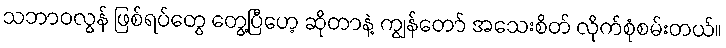
သဘာဝလွန် ဖြစ်ရပ်တွေ တွေ့ပြီဟေ့ ဆိုတာနဲ့ ကျွန်တော် အသေးစိတ် လိုက်စုံစမ်းတယ်။